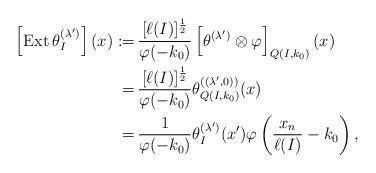
LaTeX: \begin{align*}\left[\operatorname{Ext}\theta^{(\lambda')}_I\right](x):=&\,\frac{[\ell(I)]^{\frac12}}{\varphi(-k_0)}\left[\theta^{(\lambda')}\otimes\varphi\right]_{Q(I,k_0)}(x)\\=&\,\frac{[\ell(I)]^{\frac12}}{\varphi(-k_0)}\theta^{((\lambda',0))}_{Q(I,k_0)}(x)\\=&\,\frac{1}{\varphi(-k_0)}\theta^{(\lambda')}_I(x')\varphi\left(\frac{x_n}{\ell(I)}-k_0 \right),\end{align*}